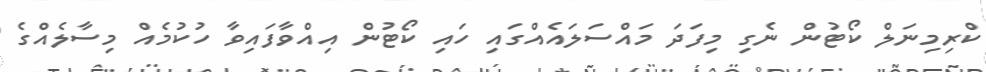
ކްރިމިނަލް ކޯޓުން ނެގި މިފަދަ މައްސަލައެއްގައި ހައި ކޯޓުން އިއްވާފައިވާ ހުކުމެއް މިސާލެއްގެ